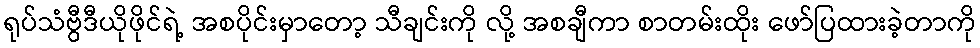
ရုပ်သံဗွီဒီယိုဖိုင်ရဲ့ အစပိုင်းမှာတော့ သီချင်းကို လို့ အစချီကာ စာတမ်းထိုး ဖော်ပြထားခဲ့တာကို